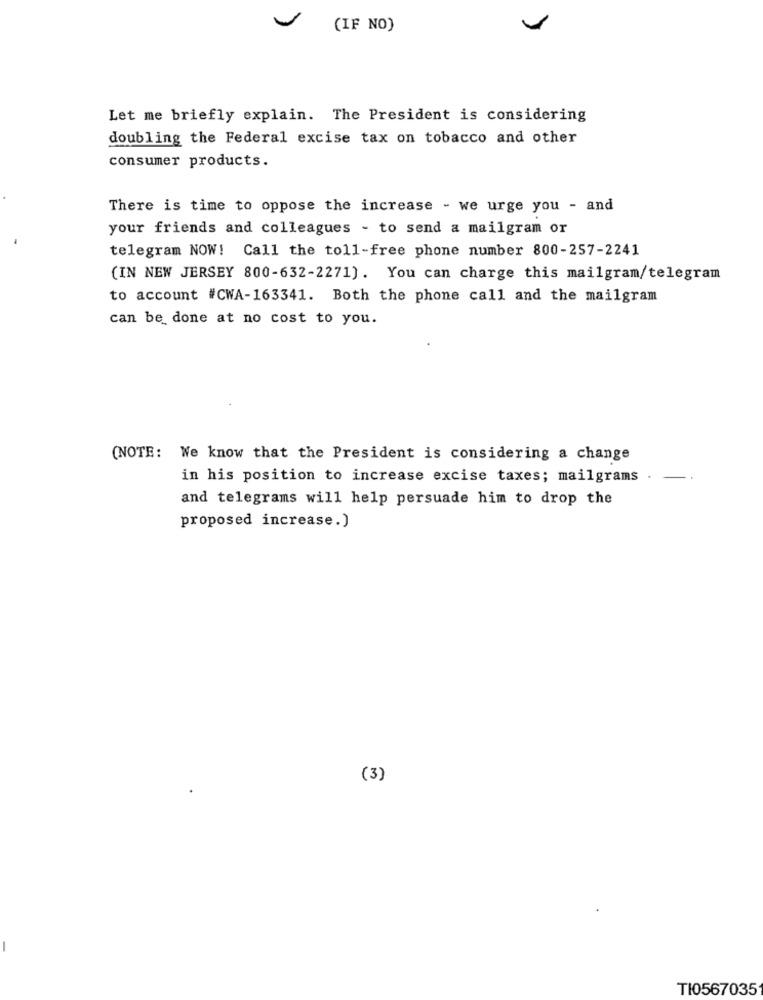
(IF NO)
Let me briefly explain. The President is considering
doubling the Federal excise tax on tobacco and other
consumer products.
There is time to oppose the increase - we urge you - and
your friends and colleagues - to send a mailgram or
telegram NOW! Call the toll-free phone number 800-257-2241
(IN NEW JERSEY 800-632-2271). You can charge this mailgram/telegram
to account #CWA-163341. Both the phone call and the mailgram
can be done at no cost to you.
(NOTE: We know that the President is considering a change
in his position to increase excise taxes; mailgrams .
and telegrams will help persuade him to drop the
proposed increase.)
(3)
TI0567035